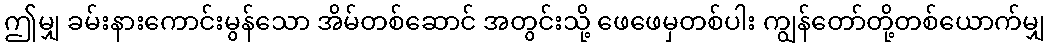
ဤမျှ ခမ်းနားကောင်းမွန်သော အိမ်တစ်ဆောင် အတွင်းသို့ ဖေဖေမှတစ်ပါး ကျွန်တော်တို့တစ်ယောက်မျှ